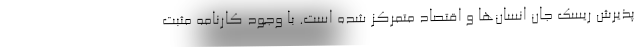
پذیرش ریسک جان انسان‌ها و اقتصاد متمرکز شده است. با وجود کارنامه مثبت